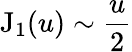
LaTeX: \mathrm{J}_{1}(u)\sim\frac{u}{2}